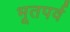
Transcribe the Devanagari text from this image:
भूतपर्व